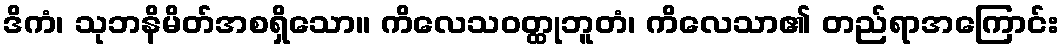
ဒိကံ၊ သုဘနိမိတ်အစရှိသော။ ကိလေသဝတ္ထုဘူတံ၊ ကိလေသာ၏ တည်ရာအကြောင်း